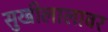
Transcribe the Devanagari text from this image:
सुखीलालावर